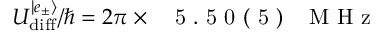
U _ { \mathrm { { d i f f } } } ^ { | e _ { \pm } \rangle } / \hbar = 2 \pi \times \mathrm { ~ \ensuremath ~ { ~ 5 ~ . ~ 5 ~ 0 ~ ( ~ 5 ~ ) ~ } ~ \, ~ M ~ H ~ z ~ }